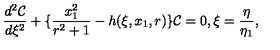
\frac { d ^ { 2 } { \cal C } } { d \xi ^ { 2 } } + \{ \frac { x _ { 1 } ^ { 2 } } { r ^ { 2 } + 1 } - h ( \xi , x _ { 1 } , r ) \} { \cal C } = 0 , \xi = \frac { \eta } { \eta _ { 1 } } ,